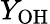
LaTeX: Y_{\mathrm{OH}}